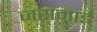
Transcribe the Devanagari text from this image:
जसमाई